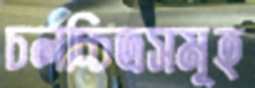
চলচ্চিত্রসমূহ